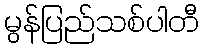
မွန်ပြည်သစ်ပါတီ